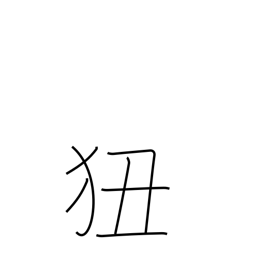
Meaning: learn